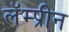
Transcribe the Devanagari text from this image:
लॅम्प्रीन